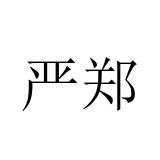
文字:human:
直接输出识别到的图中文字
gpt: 严郑